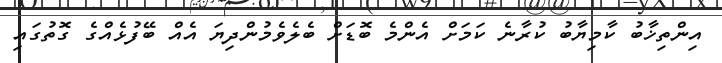
އިންތިޚާބު ކާމިޔާބު ކުރާނެ ކަމަށް އެންމެ ބޮޑަށް ބެލެވެމުންދިޔަ އެއް ބޭފުޅެއްގެ ގޮތުގައި